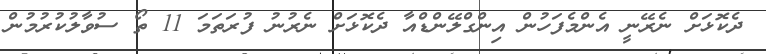
ދެކޮޅަށް ނެރޭނީ އެންމެފަހުން އިންގްލޭންޑްއާ ދެކޮޅަށް ނެރުނު ފުރަތަމަ 11 ތޯ ސުވާލުކުރުމުން